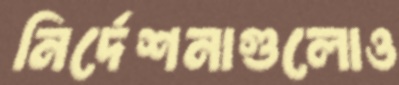
নির্দেশনাগুলোও